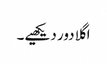
اگلا دور دیکھیے۔